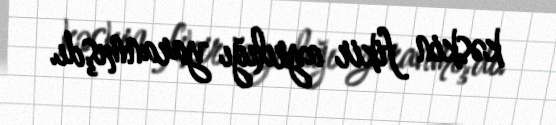
kəskin fikir ayrılığı yaranmışdı.